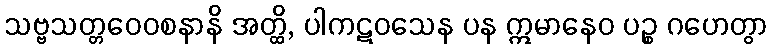
သဗ္ဗသတ္တဝေဝစနာနိ အတ္ထိ, ပါကဋဝသေန ပန ဣမာနေဝ ပဉ္စ ဂဟေတွာ